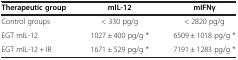
| Therapeutic group | mIL-12 | mIFNγ |
 | --- | --- | --- |
 | Control groups | < 330 pg/g | < 2820 pg/g |
 | EGT mIL-12 | 1027 ± 400 pg/g * | 6509 ± 1018 pg/g * |
 | EGT mIL-12 + IR | 1671 ± 529 pg/g * | 7191 ± 1283 pg/g * |